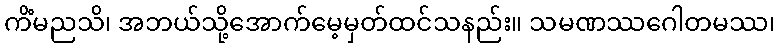
ကိံမညသိ၊ အဘယ်သို့အောက်မေ့မှတ်ထင်သနည်း။ သမဏဿဂေါတမဿ၊